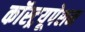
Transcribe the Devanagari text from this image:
कॉस्ट्रयूपेशन